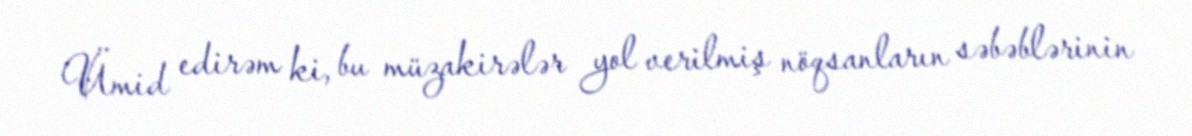
Ümid edirəm ki, bu müzakirələr yol verilmiş nöqsanların səbəblərinin